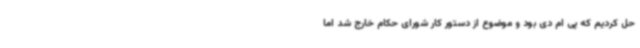
حل کردیم که پی ام دی بود و موضوع از دستور کار شورای حکام خارج شد اما